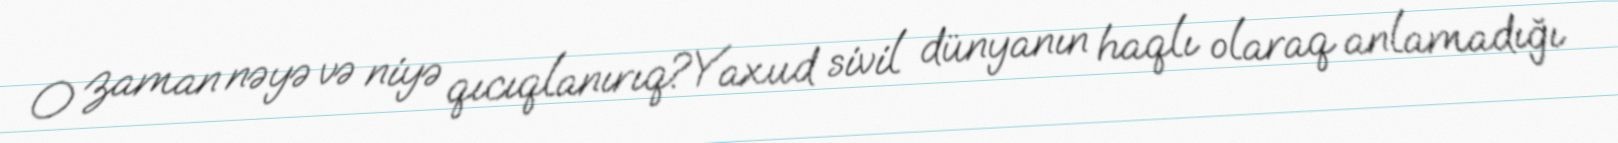
O zaman nəyə və niyə qıcıqlanırıq?Yaxud sivil dünyanın haqlı olaraq anlamadığı